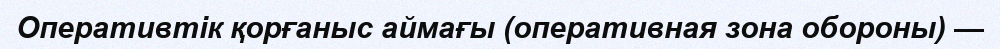
Оперативтік қорғаныс аймағы (оперативная зона обороны) —